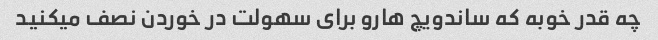
چه قدر خوبه که ساندویچ هارو برای سهولت در خوردن نصف میکنید